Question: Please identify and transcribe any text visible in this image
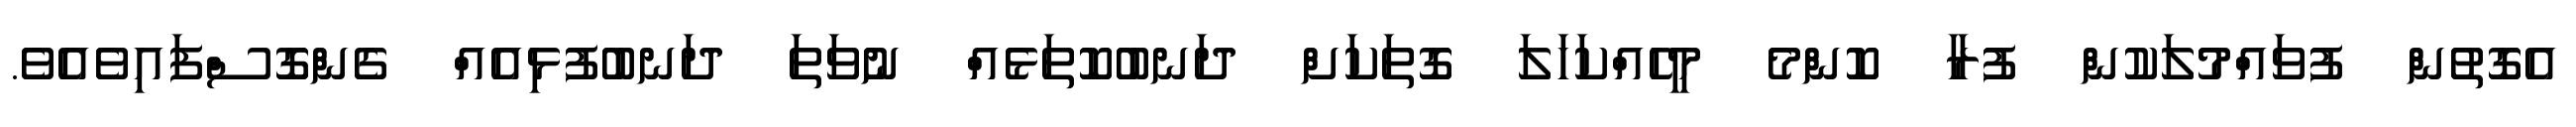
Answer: އެގޮތުން ފުވައްމުލަކުން ފުރާ ކޮންމެ މީހެއްކަހަލަ ގޮތަކަށް ދަނބުކޮތަޅެއް ނުވަތަ ދަނބުފުޅިއެއް ގެންގޮސްފައިވެއެވެ.